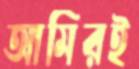
আমিরই